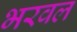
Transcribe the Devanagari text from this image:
भरवल